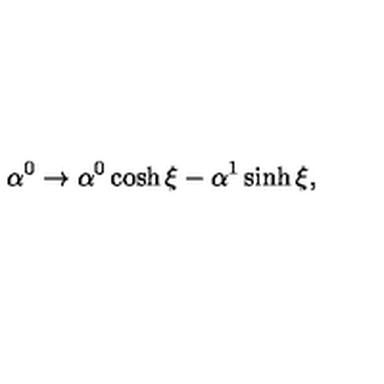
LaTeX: \alpha ^ { 0 } \rightarrow \alpha ^ { 0 } \cosh \xi - \alpha ^ { 1 } \sinh \xi ,